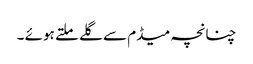
چنانچہ میڈم سے گلے ملتے ہوئے ۔